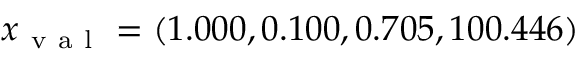
x _ { \mathrm { ~ v ~ a ~ l ~ } } = ( 1 . 0 0 0 , 0 . 1 0 0 , 0 . 7 0 5 , 1 0 0 . 4 4 6 )